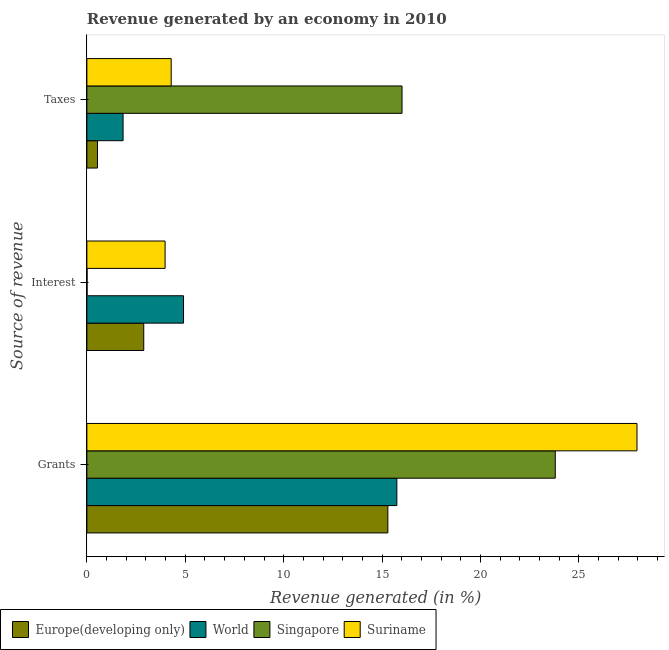
| Source of revenue | Europe(developing only) | World | Singapore | Suriname |
 | --- | --- | --- | --- | --- |
 | Grants | 15.3 | 15.7 | 23.8 | 28 |
 | Interest | 2.89 | 4.91 | 0.00984 | 3.97 |
 | Taxes | 0.539 | 1.84 | 16 | 4.28 |